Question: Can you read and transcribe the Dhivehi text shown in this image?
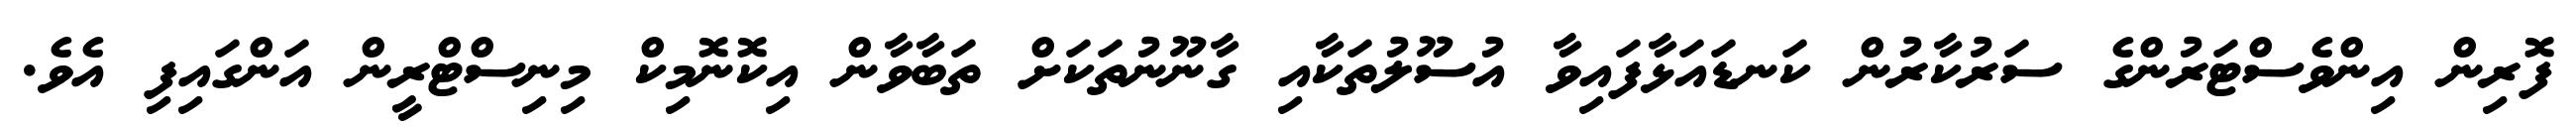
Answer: ފޮރިން އިންވެސްޓަރުންގެ ސަރުކާރުން ކަނޑައަޅާފައިވާ އުސޫލުތަކާއި ގާނޫނުތަކަށް ތަބާވާން އިކޮނޮމިކް މިނިސްޓްރީން އަންގައިފި އެވެ.